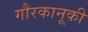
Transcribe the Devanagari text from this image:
गौरकानूकी